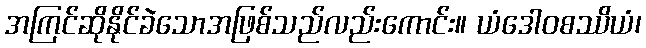
အကြင်ဆိုနိုင်ခဲသောအဖြစ်သည်လည်းကောင်း။ ယံဒေါဝစဿိယံ၊